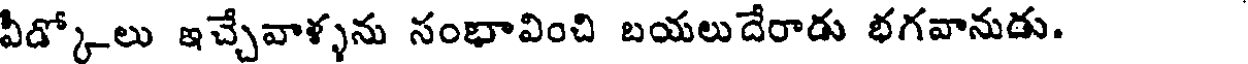
వీడ్కోలు ఇచ్చేవాళ్ళను సంభావించి బయలుదేరాడు భగవానుడు.